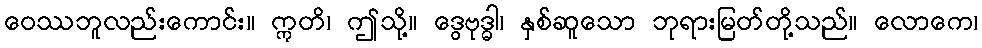
ဝေဿဘူလည်းကောင်း။ ဣတိ၊ ဤသို့။ ဒွေဗုဒ္ဓါ၊ နှစ်ဆူသော ဘုရားမြတ်တို့သည်။ လောကေ၊